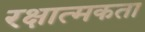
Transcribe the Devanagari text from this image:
रक्षात्मकता